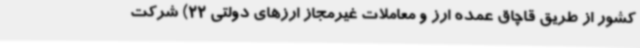
کشور از طریق قاچاق عمده ارز و معاملات غیرمجاز ارزهای دولتی 22) شرکت